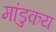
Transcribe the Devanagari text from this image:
मांडुकय